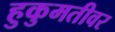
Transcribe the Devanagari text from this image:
हुकुमतीवर